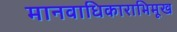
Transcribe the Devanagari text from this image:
मानवाधिकाराभिमूख